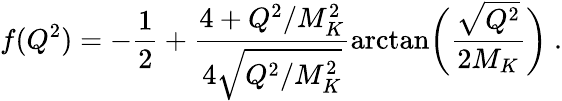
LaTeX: f(Q^{2})=-\frac{1}{2}+\frac{4+Q^{2}/M_{K}^{2}}{4\sqrt{Q^{2}/M_{K}^{2}}}\arctan\biggl(\frac{\sqrt{Q^{2}}}{2M_{K}}\biggr)~.